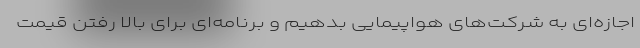
اجازه‌ای به شرکت‌های هواپیمایی بدهیم و برنامه‌ای برای بالا رفتن قیمت